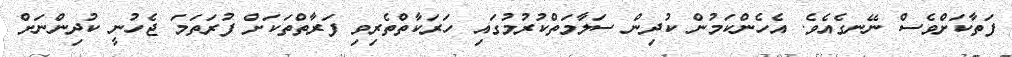
ފަތާކަށްވެސް ނޭނގެއެވެ. އެހެންކަމުން ކުދިން ސަލާމަތްކުރުމުގައި ހަރަކާތްތެރިވި ފަރާތްތަކަށް ފުރަތަމަ ޖެހުނީ ކުދިންނަށް